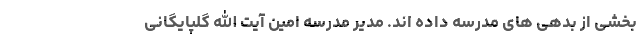
بخشی از بدهی های مدرسه داده اند. مدیر مدرسه امین آیت الله گلپایگانی